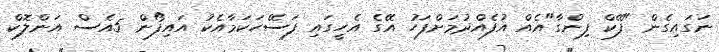
ނަގައިގެން "ފޭކް ފިންގާ"އެއް އުފެއްދުމަށްފަހު އޭގެ އެހީގައި ފަސޭހަކަމާއެކު އައިފޯން 5އެސް އަންލޮކް